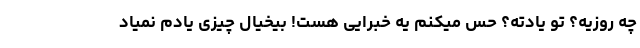
چه روزیه؟ تو یادته؟ حس میکنم یه خبرایی هست! بیخیال چیزی یادم نمیاد